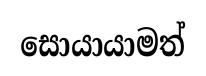
සොයායාමත්